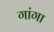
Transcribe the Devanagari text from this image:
गांगा